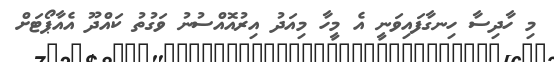
މި ހާދިސާ ހިނގާފައިވަނީ އެ މީހާ މިއަދު އިރުއޮއްސުނު ވަގުތު ކައްދޫ އެއާޕޯޓަށް